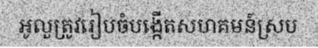
អូលួត្រូវរៀបចំបង្កើតសហគមន៍ស្រប